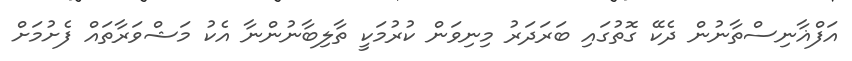
އަފްޣާނިސްތާނުން ދެކޭ ގޮތުގައި ބަރަދަރު މިނިވަން ކުރުމަކީ ތާލިބާނުންނާ އެކު މަޝްވަރާތައް ފެށުމަށް